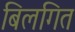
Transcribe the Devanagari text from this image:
बिलगित